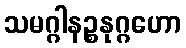
သမဂ္ဂါနဉ္စနုဂ္ဂဟော